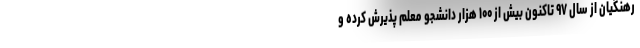
رهنگیان از سال ۹۷ تاکنون بیش از ۱۰۰ هزار دانشجو معلم پذیرش کرده و